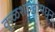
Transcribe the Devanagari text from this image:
कुळशाखांमधून